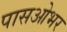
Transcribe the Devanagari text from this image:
पासओभर